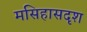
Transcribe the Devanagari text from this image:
मसिहासदृश